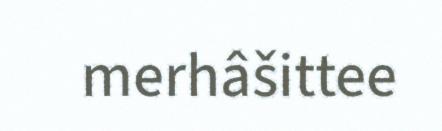
merhâšittee